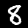
Digit: 8